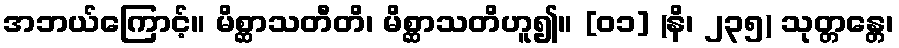
အဘယ်ကြောင့်။ မိစ္ဆာသတီတိ၊ မိစ္ဆာသတိဟူ၍။ [၀၁] (နိ၊ ၂၃၅) သုတ္တန္တေ၊